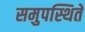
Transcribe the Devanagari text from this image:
समुपस्थिते